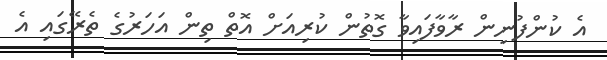
އެ ކުންފުނިން ރާވާފައިވާ ގޮތުން ކުރިއަށް އޮތް ތިން އަހަރުގެ ތެރޭގައި އެ